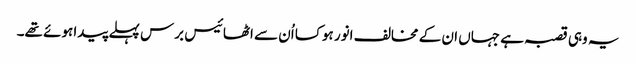
یہ وہی قصبہ ہے جہاں ان کے مخالف انور ہوکسا اُن سے اٹھائیس برس پہلے پیدا ہوئے تھے۔